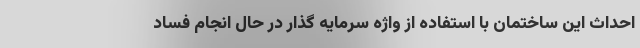
احداث این ساختمان با استفاده از واژه سرمایه گذار در حال انجام فساد